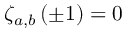
\zeta _ { a , b } \left( \pm 1 \right) = 0